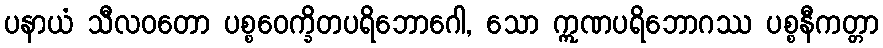
ပနာယံ သီလဝတော ပစ္စဝေက္ခိတပရိဘောဂေါ, သော ဣဏပရိဘောဂဿ ပစ္စနီကတ္တာ